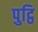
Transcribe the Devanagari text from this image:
पुट्ठि